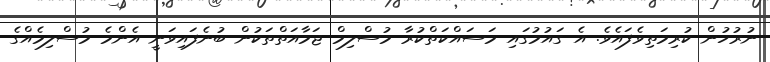
ނުރުހުން ކުރިމަތިވެފައެވެ. އެ ގައުމުގައި މަސައްކަތްކުރާ މުސްލިމް ޖަމާއަތްތަކުން ބުނެފައިވަނީ އެންމެ މުސްލިމެއްގެ